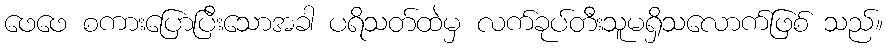
ဖေဖေ စကားပြောပြီးသောအခါ ပရိသတ်ထဲမှ လက်ခုပ်တီးသူမရှိသလောက်ဖြစ် သည်။